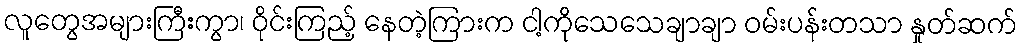
လူတွေအများကြီးကွာ၊ ဝိုင်းကြည့် နေတဲ့ကြားက ငါ့ကိုသေသေချာချာ ဝမ်းပန်းတသာ နှုတ်ဆက်